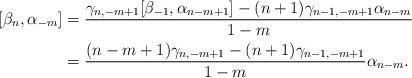
LaTeX: \begin{align*}[\beta_n,\alpha_{-m}] &= \frac{\gamma_{n,-m+1}[\beta_{-1},\alpha_{n-m+1}]-(n+1) \gamma_{n-1,-m+1} \alpha_{n-m}} {1-m} \\&= \frac{ (n-m+1)\gamma_{n,-m+1}-(n+1) \gamma_{n-1,-m+1}}{1-m}\alpha_{n-m}.\end{align*}